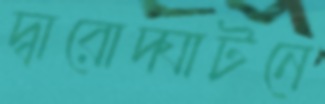
দ্বারোদ্ঘাটনে